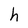
Character: h